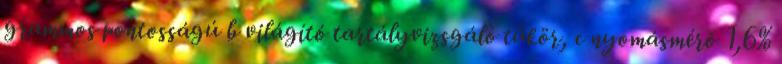
grammos pontosságú b világító tartályvizsgáló tükör, c nyomásmérõ 1,6%